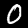
Label: 0